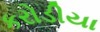
કરોડીયા